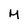
Character: u